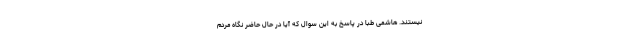
نیستند. هاشمی طبا در پاسخ به این سوال که آیا در حال حاضر نگاه مردم